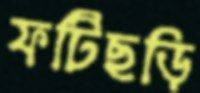
ফটিছড়ি